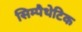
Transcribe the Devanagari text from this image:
सिम्पैथेटिक